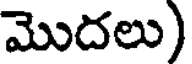
మొదలు)